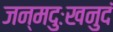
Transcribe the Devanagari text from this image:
जन्मदुःखनुदं